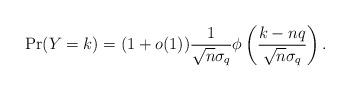
LaTeX: \begin{align*}\Pr(Y = k) = (1+o(1)) \frac{1}{\sqrt n \sigma_q}\phi \left( \frac{k-nq}{\sqrt{n} \sigma_q} \right).\end{align*}